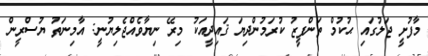
މާފުށީ ޖަލުގައި ޙުކުމް ތަންފީޒު ކުރަމުންދިޔަ ޤައިދީއަކު މިރޭ ނިޔާވެއްޖެލިޔުނީ: އާމިނަތު ޔުސްރީން